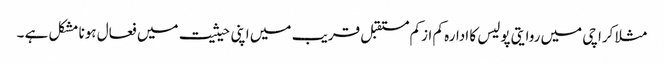
مثلا کراچی میں روایتی پولیس کا ادارہ کم ازکم مستقبل قریب میں اپنی حیثیت میں فعال ہونا مشکل ہے ۔